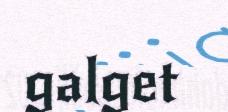
galget